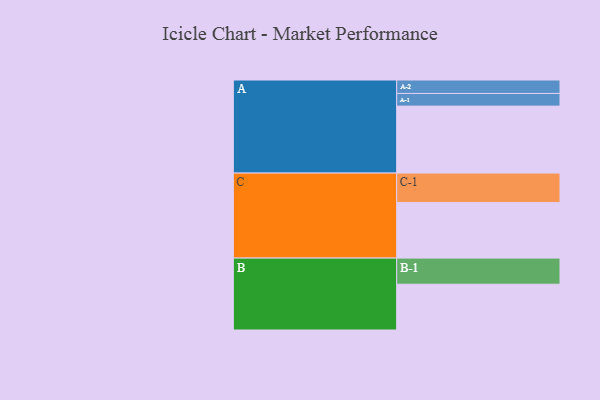
{"axis": {"x": "Segment", "y": "Value"}, "legend": ["", "A", "B", "C"], "data": [{"x": "A", "y": 572, "type": ""}, {"x": "B", "y": 391, "type": ""}, {"x": "C", "y": 475, "type": ""}, {"x": "A-1", "y": 108, "type": "A"}, {"x": "A-2", "y": 115, "type": "A"}, {"x": "B-1", "y": 223, "type": "B"}, {"x": "C-1", "y": 251, "type": "C"}]}